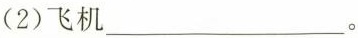
(2)飞机___。